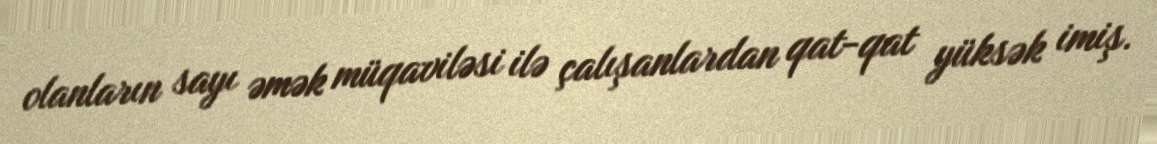
olanların sayı əmək müqaviləsi ilə çalışanlardan qat-qat yüksək imiş.